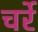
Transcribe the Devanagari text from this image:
चर्रे